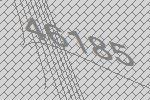
46185